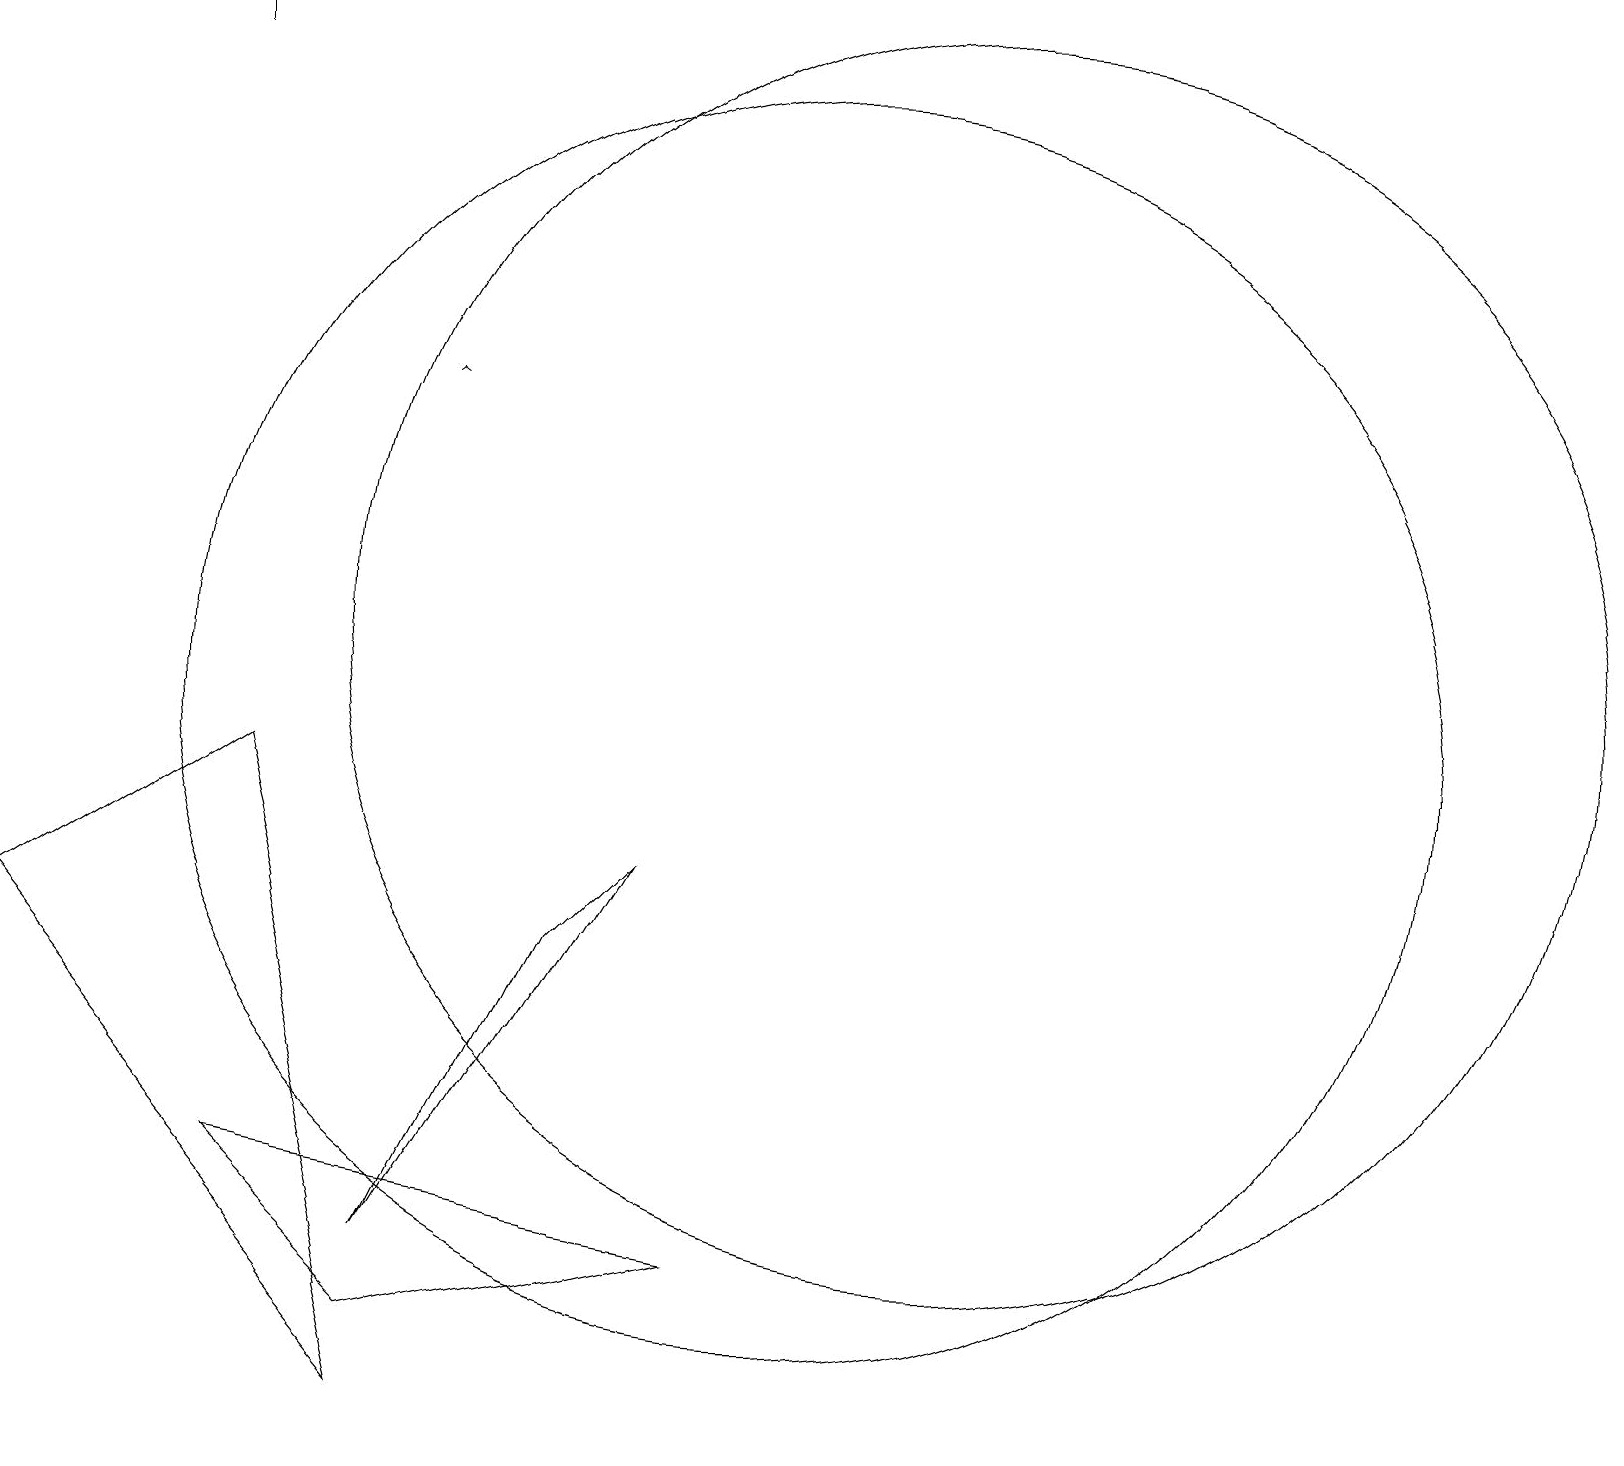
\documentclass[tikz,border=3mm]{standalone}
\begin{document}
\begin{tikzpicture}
\draw (5,3) -- (8,8) -- (7,7) -- cycle;
\draw[->] (5,14) -- (5,14);
\draw (3,9) -- (5,1) -- (0,7) -- cycle;
\draw (2,19) rectangle (2,18);
\draw (9,3) -- (5,2) -- (3,4) -- cycle;
\draw (12,11) circle (8);
\draw (10,10) circle (8);
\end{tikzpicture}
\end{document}